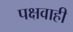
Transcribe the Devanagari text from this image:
पक्षवाही